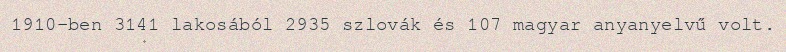
1910-ben 3141 lakosából 2935 szlovák és 107 magyar anyanyelvű volt.